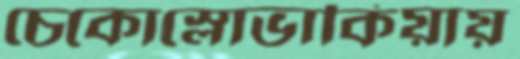
চেকোস্লোভাকিয়ায়